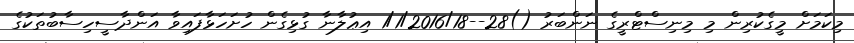
މިކަމަށް މީގެކުރިން މި މިނިސްޓްރީގެ ނަންބަރު ()28--1/1/2016/18 އިޢުލާނާ ގުޅިގެން ހުށަހަޅާފައިވާ އަންދާސީހިސާބުތަކުގެ